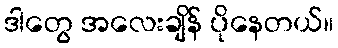
ဒါတွေ အလေးချိန် ပိုနေတယ်။